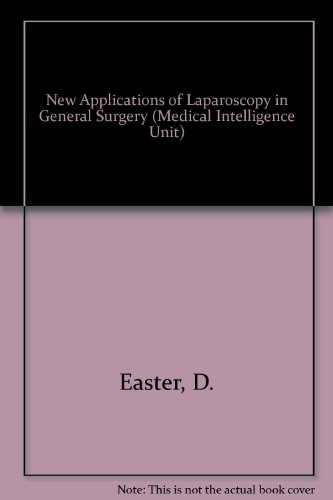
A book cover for New Applications of Laparoscopy (Medical Intelligence Unit); David W., M.D. Easter; Medical Books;